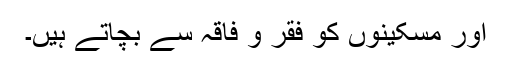
اور مسکینوں کو فقر و فاقہ سے بچاتے ہیں۔